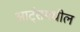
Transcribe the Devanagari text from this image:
आर्ट्‌समधील